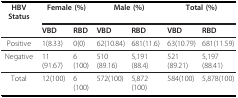
| HBV Status | <COLSPAN=2> Female (%) | <COLSPAN=2> Male (%) | <COLSPAN=2> Total (%) |
 |  | VBD | RBD | VBD | RBD | VBD | RBD |
 | --- | --- | --- | --- | --- | --- | --- |
 | Positive | 1(8.33) | 0(0) | 62(10.84) | 681(11.6) | 63(10.79) | 681(11.59) |
 | Negative | 11(91.67) | 6(100) | 510(89.16) | 5,191(88.4) | 521(89.21) | 5,197(88.41) |
 | Total | 12(100) | 6(100) | 572(100) | 5,872(100) | 584(100) | 5,878(100) |